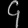
Digit: ၄